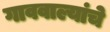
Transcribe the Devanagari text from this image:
गाववाल्यांचे